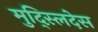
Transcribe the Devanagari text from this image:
मुद्स्लिदेस